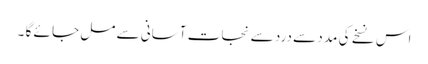
اس نسخے کی مد د سے درد سے نجا ت آسانی سے مل جا ئے گا ۔